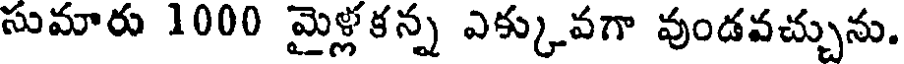
సుమారు 1000 మైళ్లకన్న ఎక్కువగా వుండవచ్చును.